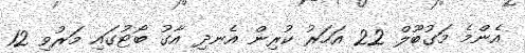
އެންމެ މަގުބޫލް 22 އަހަރު ކުރިން އެނދި އާގު ބޯޓުގައި މަރުވި 12